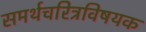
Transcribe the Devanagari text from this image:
समर्थचरित्रविषयक